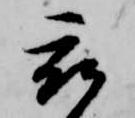
被